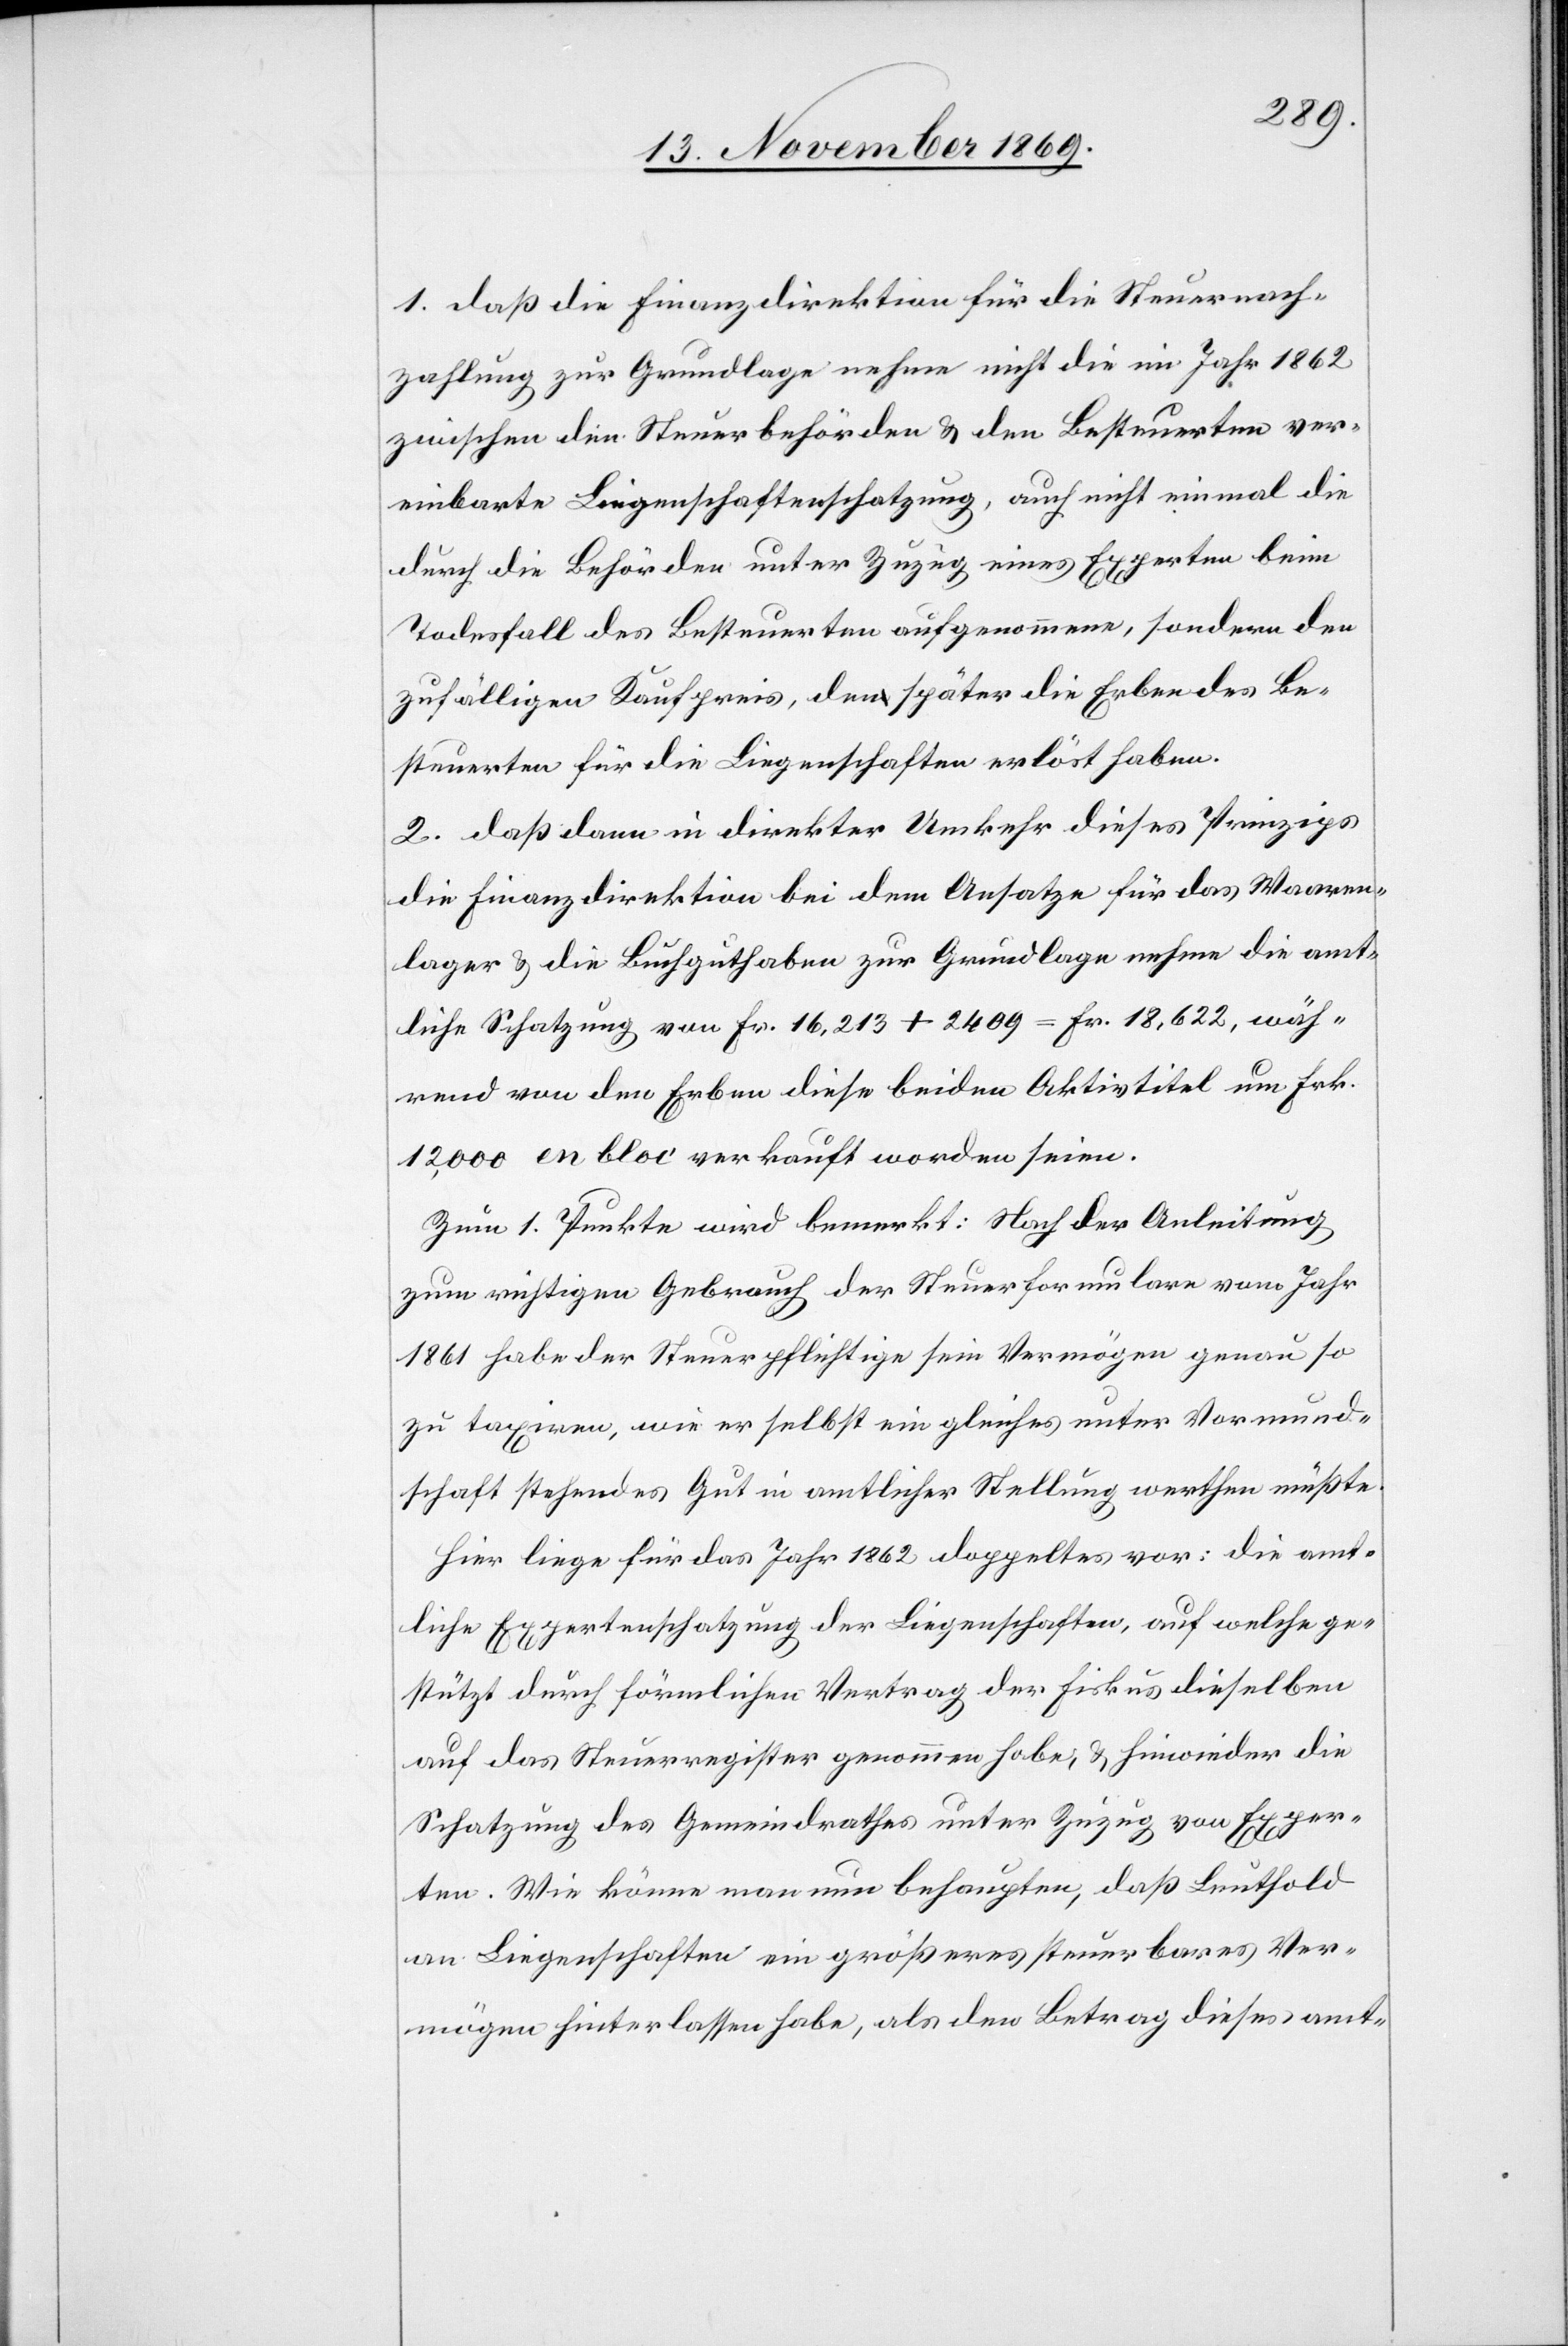
1. daß die Finanzdirektion für die Steuernach¬
zahlung zur Grundlage nehme nicht die im Jahr 1862
zwischen den Steuerbehörden & den Besteuerten ver¬
einbarte Liegenschaftenschatzung, auch nicht einmal die
durch die Behörden unter Zuzug eines Experten beim
Todesfall des Besteuerten aufgenommene, sondern den
zufälligen Kaufpreis, den später die Erben des Be¬
steuerten für die Liegenschaften erlöst haben.
2. daß dann in direkter Umkehr dieses Prinzips
die Finanzdirektion bei dem Ansatze für das Waaren¬
lager & die Buchguthaben zur Grundlage nehme die amt¬
liche Schatzung von Fr. 16,213 + 2409 = Fr. 18,622, wäh¬
rend von den Erben diese beiden Aktivtitel um Frk.
12,000 en bloc verkauft worden seien.
Zum 1. Punkte wird bemerkt: Nach der Anleitung
zum richtigen Gebrauch der Steuerformulare vom Jahr
1861 habe der Steuerpflichtige sein Vermögen genau so
zu taxiren, wie er selbst ein gleiches unter Vormund¬
schaft stehendes Gut in amtlicher Stellung werthen müßte.
Hier liege für das Jahr 1862 doppeltes vor: die amt¬
liche Expertenschatzung der Liegenschaften, auf welche ge¬
stützt durch förmlichen Vertrag der Fiskus dieselben
auf das Steuerregister genommen habe, & hinwieder die
Schatzung des Gemeindrathes unter Zuzug von Exper¬
ten. Wie könne man nun behaupten, daß Leuthold
an Liegenschaften ein größeres steuerbares Ver¬
mögen hinterlassen habe, als den Betrag dieses amt-